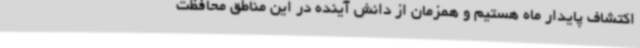
اکتشاف پایدار ماه هستیم و همزمان از دانش آینده در این مناطق محافظت